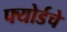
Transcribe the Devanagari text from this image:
फ्योर्डचे